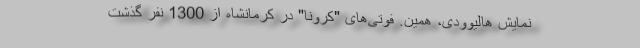
نمایش هالیوودی، همین. فوتی‌های "کرونا" در کرمانشاه از 1300 نفر گذشت